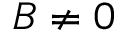
B \neq 0